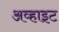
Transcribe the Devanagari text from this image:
अव्हाइट